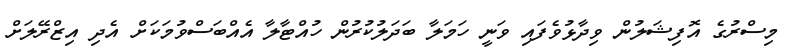
މިސްރުގެ އޮފިޝަލުން ވިދާޅުވެފައި ވަނީ ހަމަލާ ބަދަލުކުރުން ހުއްޓާލާ އެއްބަސްވުމަކަށް އެދި އިޒްރޭލަށް